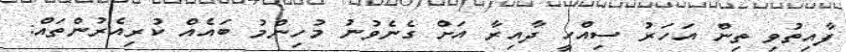
ފާއިތުވި ތިން އަހަރު ސިއްހީ ދާއިރާ އަށް ގެނެވުނު މުހިންމު ބައެއް ކުރިއެރުންތައް: